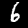
Digit: 6